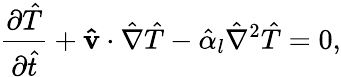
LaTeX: \frac{\partial\hat{T}}{\partial\hat{t}}+\mathbf{\hat{v}}\cdot\hat{\nabla}\hat{T}-\hat{\alpha}_{l}\hat{\nabla}^{2}\hat{T}=0,